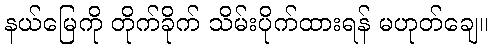
နယ်မြေကို တိုက်ခိုက် သိမ်းပိုက်ထားရန် မဟုတ်ချေ။